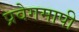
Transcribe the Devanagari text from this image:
प्रवेगमापी